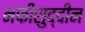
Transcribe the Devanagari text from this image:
नफीसुद्दीन